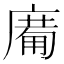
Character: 𱝈